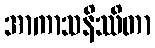
အာကာသနိဿိတာ